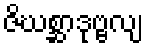
ဇိဃစ္ဆာဒုဗ္ဗလျ